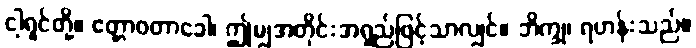
ငါ့ရှင်တို့။ ဧတ္တာဝတာခေါ၊ ဤမျှအတိုင်းအရှည်ဖြင့်သာလျှင်။ ဘိက္ခု၊ ရဟန်းသည်။